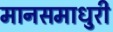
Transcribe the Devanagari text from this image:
मानसमाधुरी